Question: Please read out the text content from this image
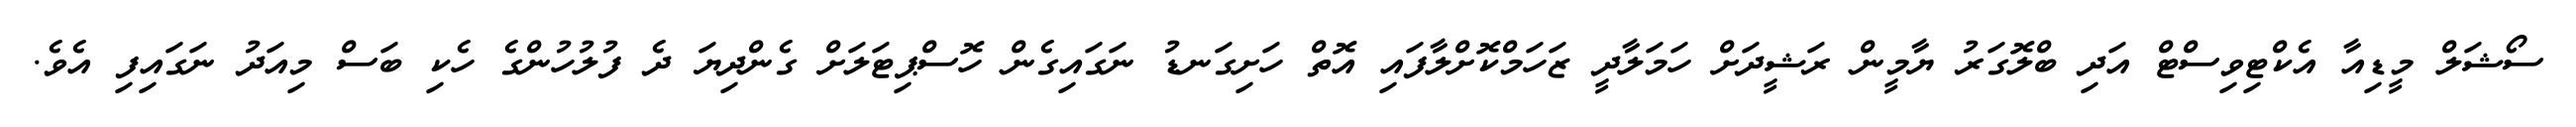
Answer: ސޯޝަލް މީޑިއާ އެކްޓިވިސްޓް އަދި ބްލޮގަރު ޔާމީން ރަޝީދަށް ހަމަލާދީ ޒަހަމްކޮށްލާފައި އޮތް ހަށިގަނޑު ނަގައިގެން ހޮސްޕިޓަލަށް ގެންދިޔަ ދެ ފުލުހުންގެ ހެކި ބަސް މިއަދު ނަގައިފި އެވެ.